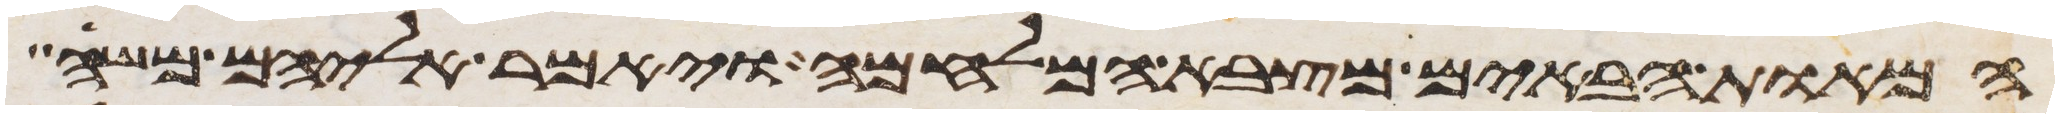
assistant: המאות הבאים מצבא המלחמה ויאמר אליהם משה